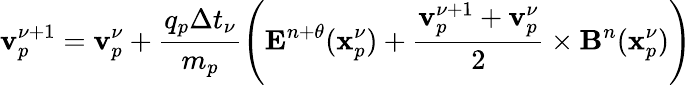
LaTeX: \displaystyle\mathbf{v}_{p}^{\nu+1}=\mathbf{v}_{p}^{\nu}+\frac{q_{p}\Delta t_{\nu}}{m_{p}}\left(\mathbf{E}^{n+\theta}(\mathbf{x}_{p}^{\nu})+\frac{\mathbf{v}_{p}^{\nu+1}+\mathbf{v}_{p}^{\nu}}{2}\times\mathbf{B}^{n}(\mathbf{x}_{p}^{\nu})\right)